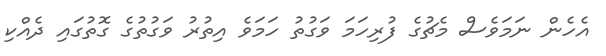
އެހެން ނަމަވެސް މެޗުގެ ފުރިހަމަ ވަގުތު ހަމަވެ އިތުރު ވަގުތުގެ ގޮތުގައި ދެއްކި